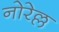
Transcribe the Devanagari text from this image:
नोरेल्ल